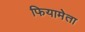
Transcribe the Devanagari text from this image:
फियामेता